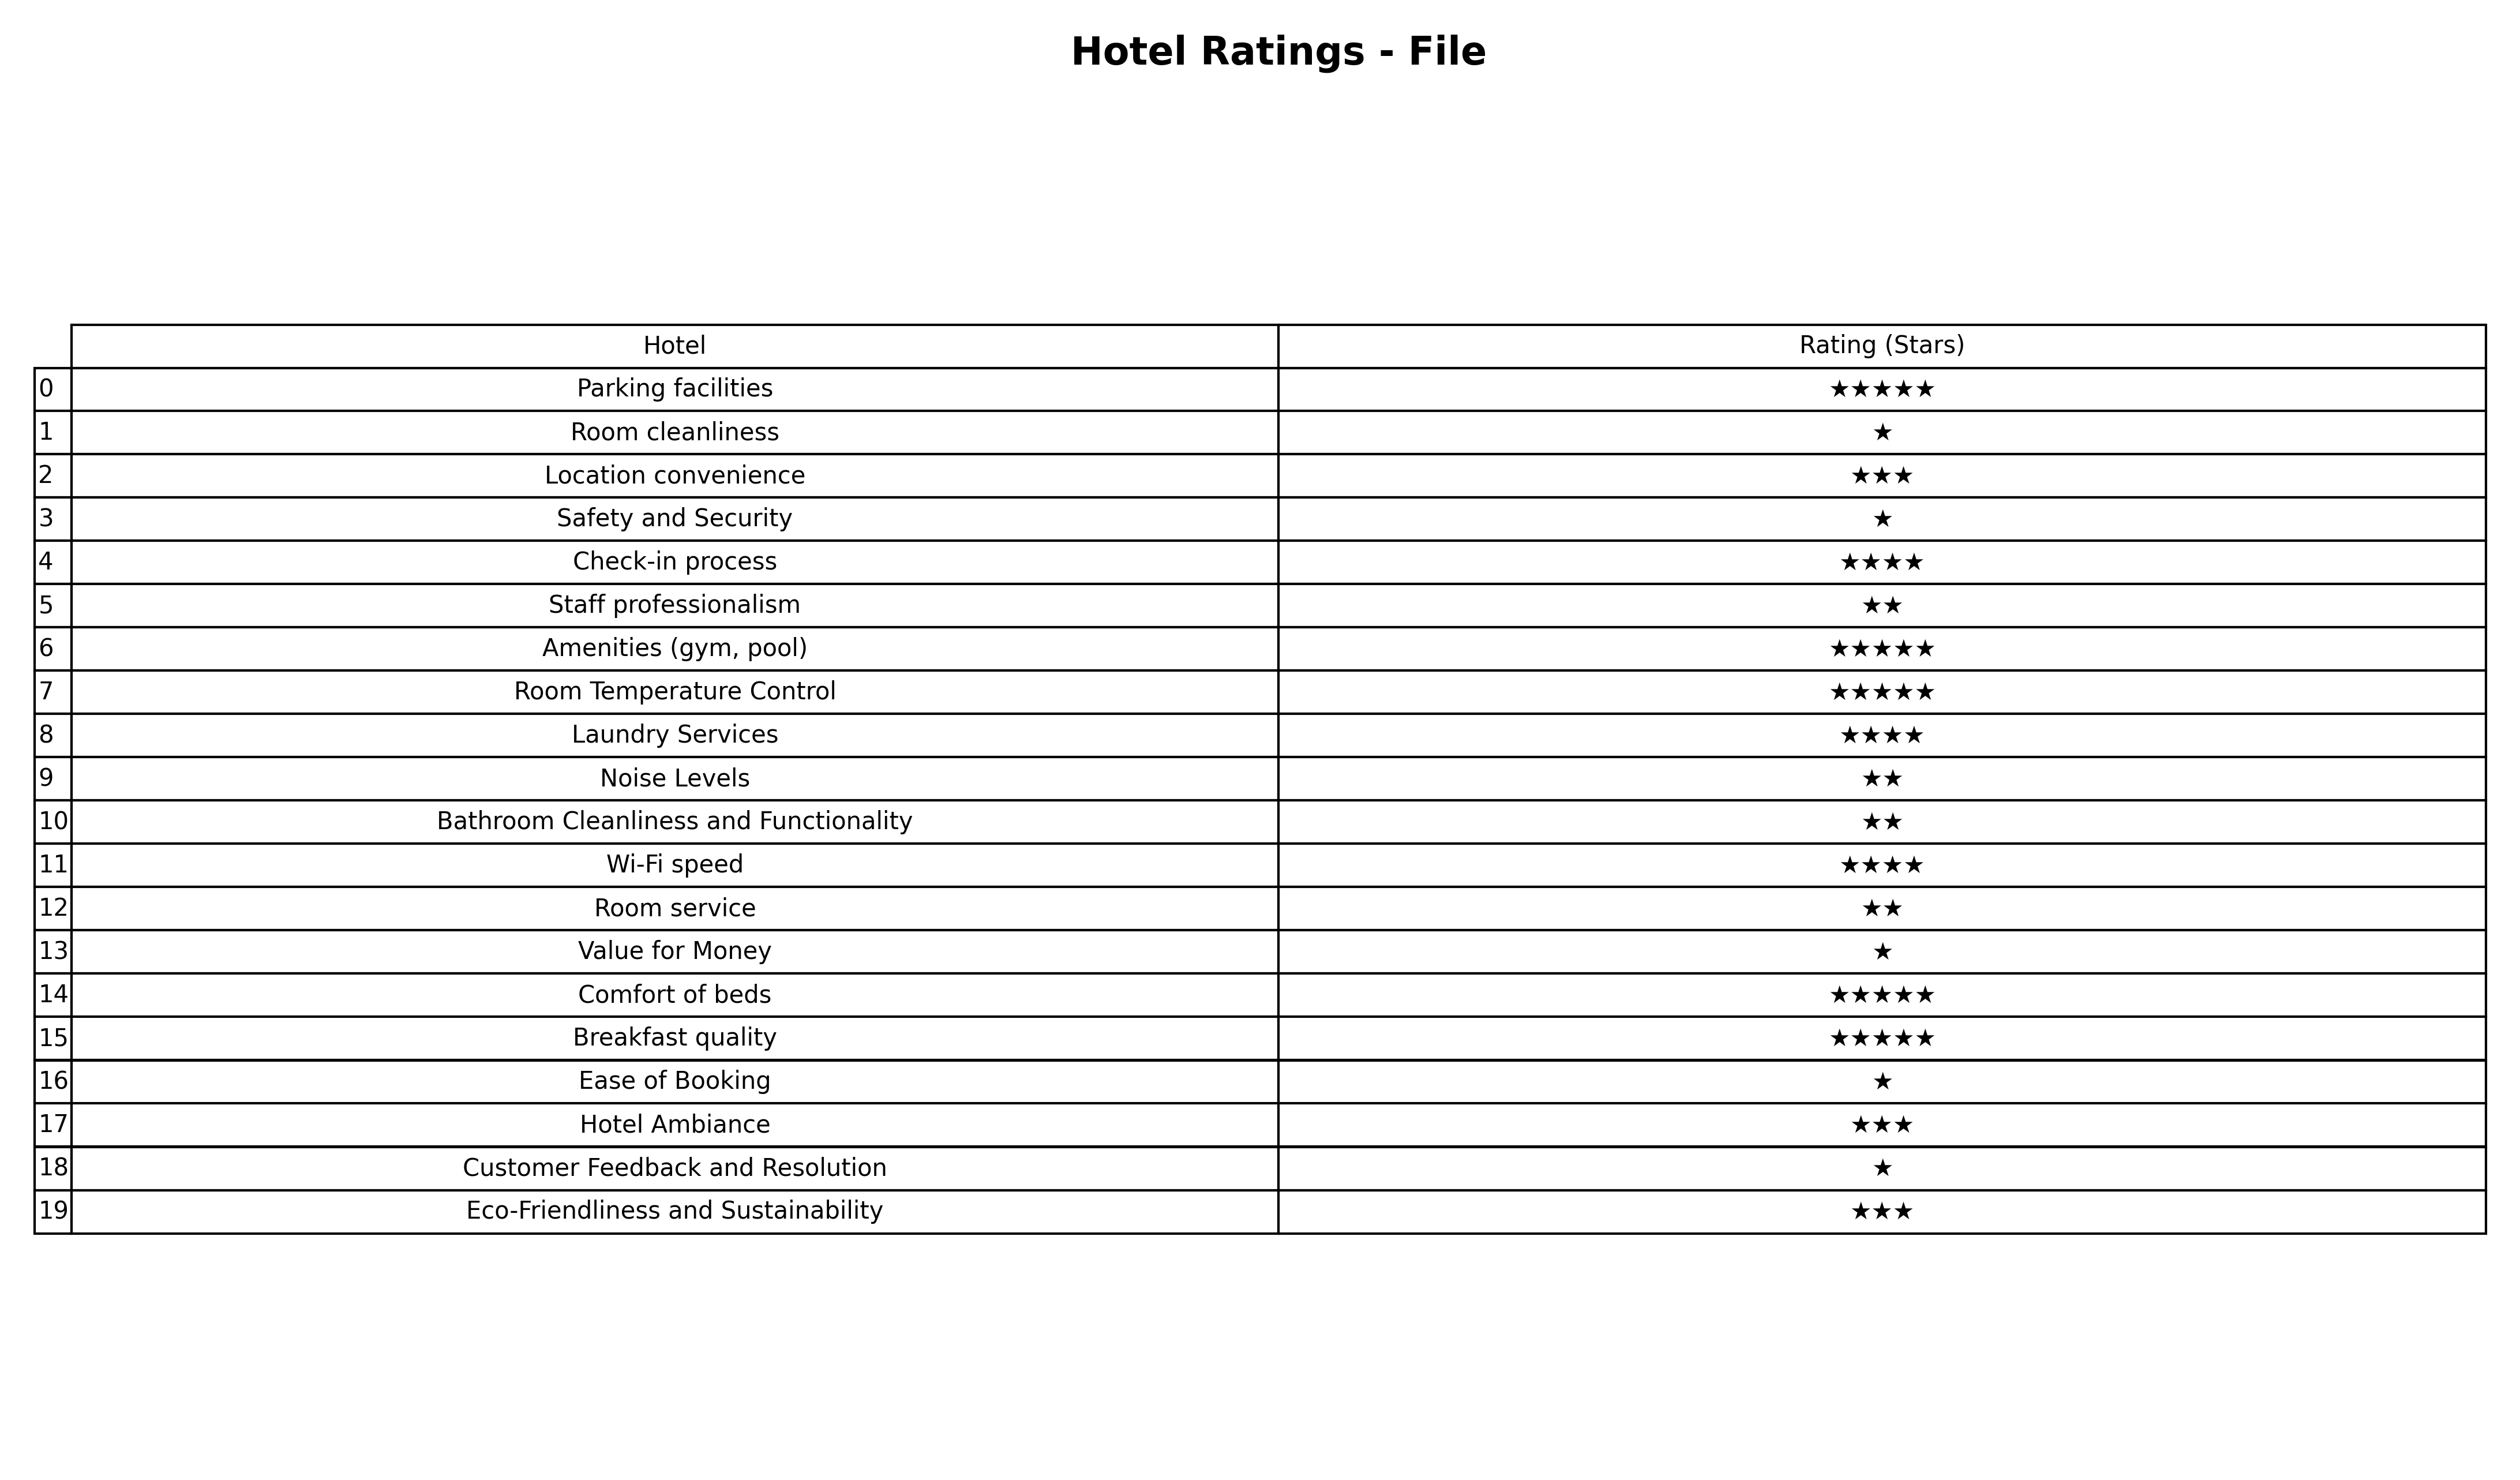
question: What are three star services?
answer: Location convenienceHotel AmbianceEco-Friendliness and Sustainability